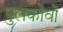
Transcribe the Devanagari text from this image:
पुलकोवो